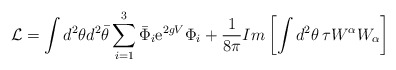
\begin{align*}{\cal{L}} = \int d^2 \theta d^2 {\bar{\theta}}\sum_{i=1}^{3} {\bar{\Phi}}_{i} {\rm e}^{2g V} \Phi_{i} + \frac{1}{8 \pi} Im \left[ \int d^2 \theta \, \tau W^{\alpha} W_{\alpha} \right]\end{align*}